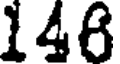
146